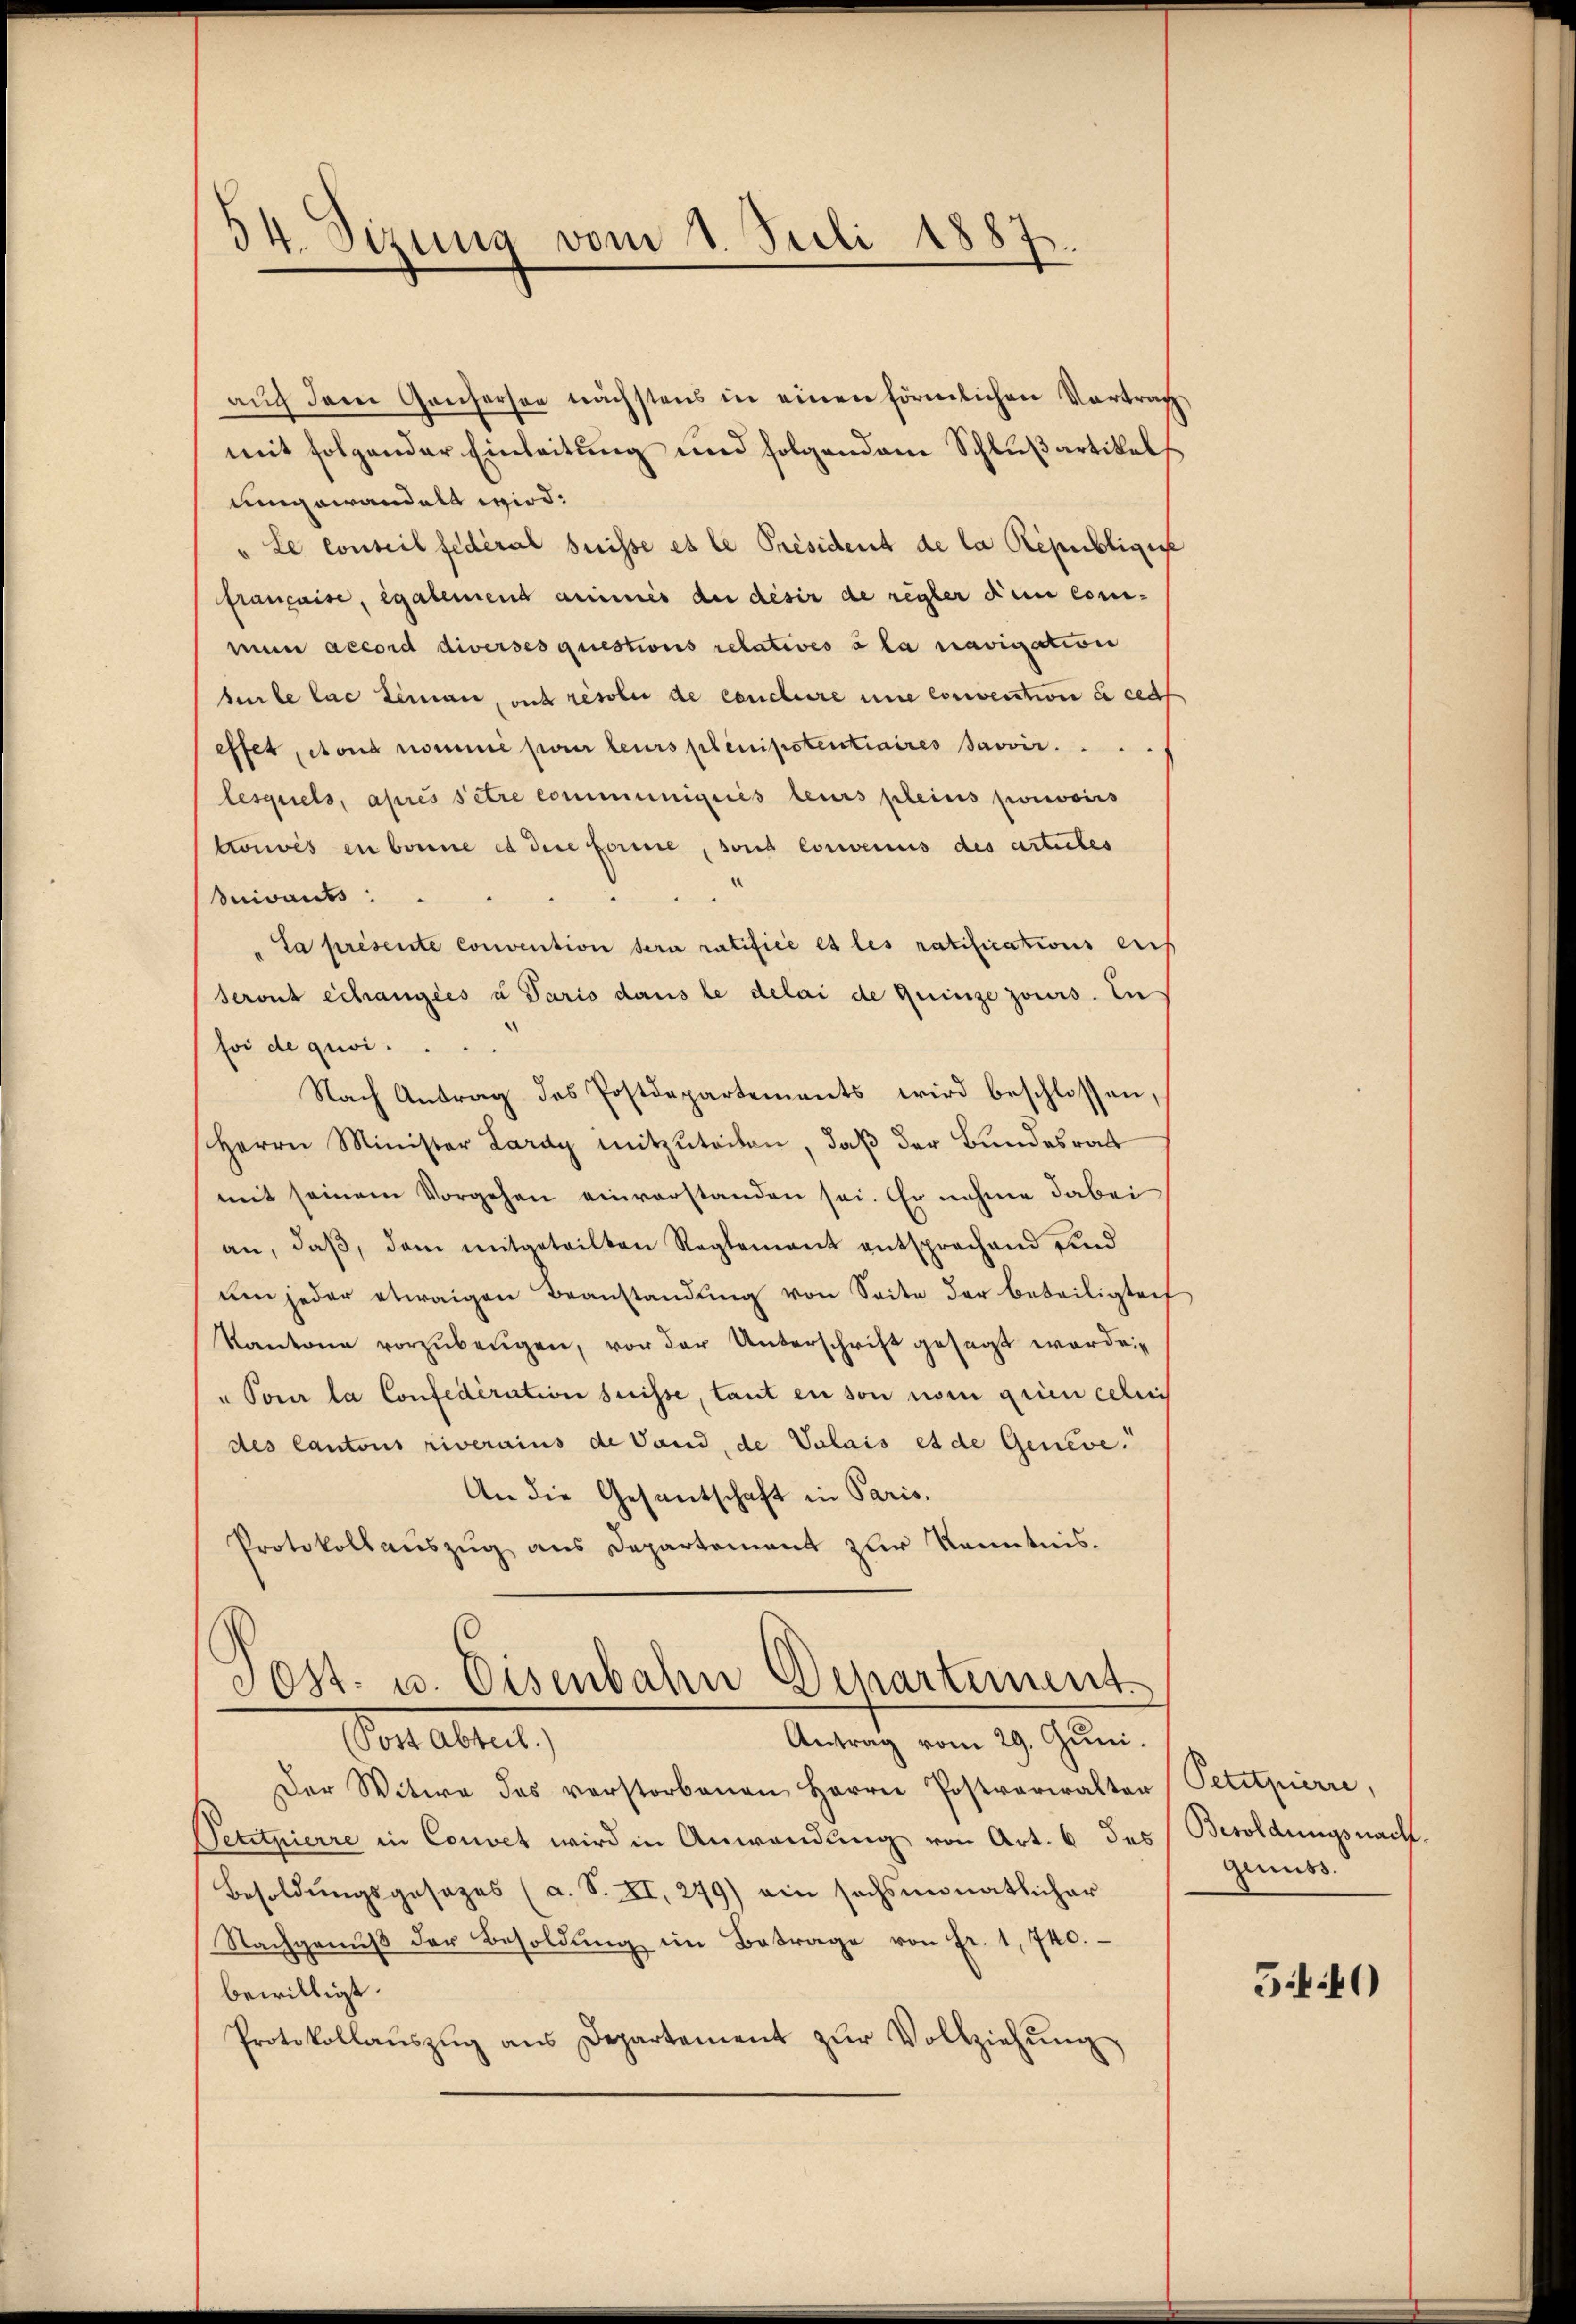
34. Sizung vom 1. Juli 1887.

auch dem Gantersee nächstens in einen förmlichen Vortrag
mit folgender Einleitung und folgendem Schlußartikels
umgewandelt wird:
"Le conseil fédéral Suisse es le Président de la Républigie
française, egalemend animis du désir de regler den commun accord diverses questions relatives à la navigation
berle lae Leman, und resolui de conclure une convention i ced
effet, dona nommé pour leurs plenipotentiaires avoir.
lesquels, apres Petre communiqués leurs pleins porcoirs
trouvés en bonne et dere Forme, sond convenius des articles
Suivants:
La présente convention dern ratifice es les ratifications auf
Seront échangies u Paris dans le delai de quinze jours. In
foi de quwi¬
Nach Antrag des Postdepartements wird beschlossen,
Herrn Minister Lardy mitzuteiten, daß der Bundesrath
mit seinem Vorgehen einverstanden sei. Er nahme dabei
an, daβ, dem mitgeteilten Reglement entsprechend sind
um jeder etwaigen Beanstandŭng von Seite der beteiligten
Kantone vorzŭbeŭgen, vor der Unterschrift gesagt werde.
u Pour la Confederation suisse, tant en son nom grien cellis
des Cantons riverains de Land, de Valais et de Geneve.
An die Gesantschaft in Paris.
Protokollauszug aus Departement zur Kenntnis.
Sost. u. Eisenbahn Departement

Sontalent,
Antrag vom 29. Juni.
Der Witwe des verstorbenen Herrn Postverwalter
Petituierre in Convet wird in Anwendung von Art. 6 des Besoldungsnach.
Besoldŭngsgesezes (a. S. II, 279) ein sechsmonatlicher
Nachgenŭβ der Besoldŭng im Betrage von Fr. 1, 740.
bewilligt.
Protokollaŭszŭg ans Departement zŭr Vollziehŭng

Petitpierre,
genuss.

5440)